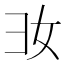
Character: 𢑒